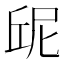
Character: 屔